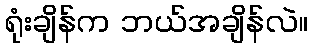
ရုံးချိန်က ဘယ်အချိန်လဲ။